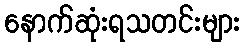
နောက်ဆုံးရသတင်းများ